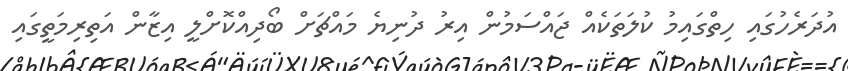
އުދަރެހުގައި ހިތްގައިމު ކުލަތަކެއް ޖައްސަމުން އިރު ދުނިޔެ މައްޗަށް ބޯދިއްކޮށްލީ އިޒާން އަތިރިމަތީގައި